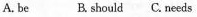
A.be B. Should C. needs